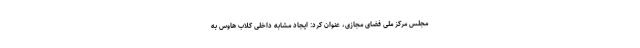
مجلس مرکز ملی فضای مجازی، عنوان کرد: ایجاد مشابه داخلی کلاب هاوس به